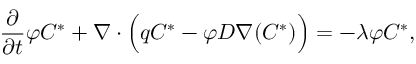
\frac { \partial } { \partial t } \varphi C ^ { \ast } + { \boldsymbol { \nabla } } \cdot \Big ( { \boldsymbol { q } } C ^ { \ast } - \varphi D { \boldsymbol { \nabla } } ( C ^ { \ast } ) \Big ) = - \lambda \varphi C ^ { \ast } ,